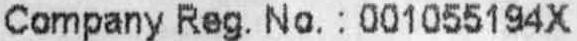
COMPANY REG. NO. : 001055194X